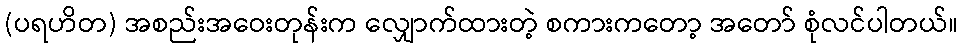
(ပရဟိတ) အစည်းအဝေးတုန်းက လျှောက်ထားတဲ့ စကားကတော့ အတော် စုံလင်ပါတယ်။